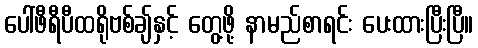
ပေါ်ဖီရီပီထရိုဗစ်ချ်နှင့် တွေ့ဖို့ နာမည်စာရင်း ပေးထားပြီးပြီ။